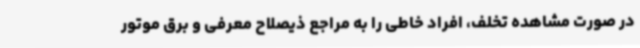
در صورت مشاهده تخلف، افراد خاطی را به مراجع ذیصلاح معرفی و برق موتور